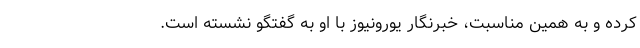
کرده و به همین مناسبت، خبرنگار یورونیوز با او به گفتگو نشسته است.